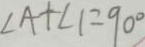
\angle A + \angle 1 = 9 0 ^ { \circ }